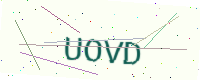
Text: UOVD